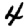
Digit: 4